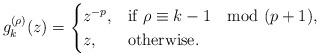
LaTeX: \begin{align*}g_{k}^{(\rho)}(z)=\begin{cases}z^{-p}, & \mbox{if} \ \rho\equiv k-1 \mod (p+1),\\z, & \mbox{otherwise}.\end{cases}\end{align*}